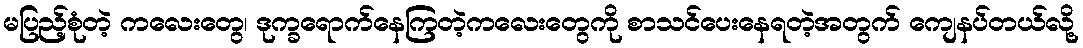
မပြည့်စုံတဲ့ ကလေးတွေ၊ ဒုက္ခရောက်နေကြတဲ့ကလေးတွေကို စာသင်ပေးနေရတဲ့အတွက် ကျေနပ်တယ်လို့